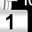
Digit: 1